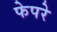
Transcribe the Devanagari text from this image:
फेपरे